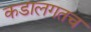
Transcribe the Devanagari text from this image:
कडालगतच